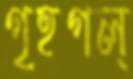
গৃহগল্